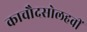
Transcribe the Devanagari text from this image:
काचौदसोलहवीं